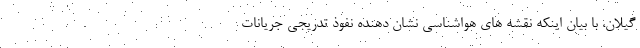
گیلان، با بیان اینکه نقشه های هواشناسی نشان دهنده نفوذ تدریجی جریانات